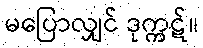
မပြောလျှင် ဒုက္ကဋ်။